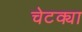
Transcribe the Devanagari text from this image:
चेटक्या